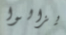
يزالوا